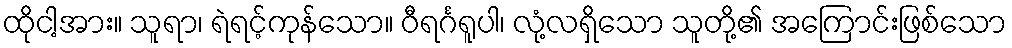
ထိုငါ့အား။ သူရာ၊ ရဲရင့်ကုန်သော။ ဝီရင်္ဂရူပါ၊ လုံ့လရှိသော သူတို့၏ အကြောင်းဖြစ်သော